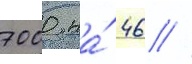
7000 на́ 46 //